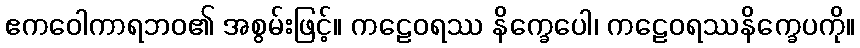
ဧကဝေါကာရဘဝ၏ အစွမ်းဖြင့်။ ကဠေဝရဿ နိက္ခေပေါ၊ ကဠေဝရဿနိက္ခေပကို။